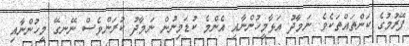
ފޭރުމުގެ ކަންތައްތަކެވެ. ނަމާދު އަޅާމީހުންނާއި އެންމެ ކުޑަމިނުން ނަމާދު ކުރަންވެސް ނޭނގޭ މީހުންނާއި